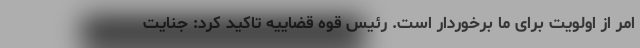
امر از اولویت برای ما برخوردار است. رئیس قوه قضاییه تاکید کرد: جنایت